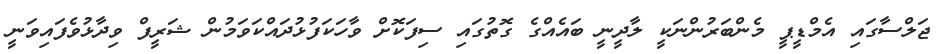
ޖަލްސާގައި އެމްޑީޕީ މެންބަރުންނަކީ ލާދީނީ ބައެއްގެ ގޮތުގައި ސިފަކޮށް ވާހަކަފުޅުދައްކަވަމުން ޝަރީފް ވިދާޅުވެފައިވަނީ